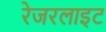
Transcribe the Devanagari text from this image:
रेजरलाइट